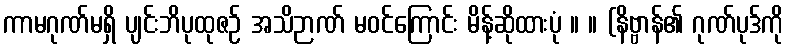
ကာမဂုဏ်မရှိ ပျင်းဘိပုထုဇဉ် အသိဉာဏ် မဝင်ကြောင်း မိန့်ဆိုထားပုံ ။ ။ (နိဗ္ဗာန်၏ ဂုဏ်ပုဒ်ကို